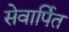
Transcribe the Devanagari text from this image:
सेवार्पित